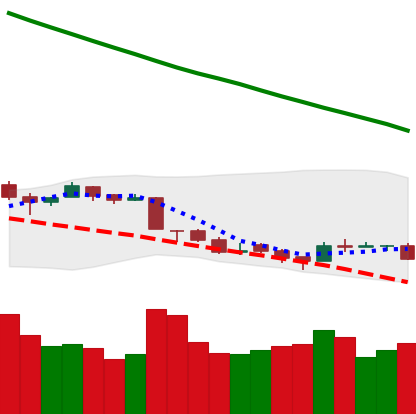
Ticker: TRX-USD
Chart end date: 2018-09-17
Forward return: 25.161%
Label: up_7plus